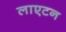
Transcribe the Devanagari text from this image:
लाएटन